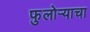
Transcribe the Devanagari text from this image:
फुलोऱ्याचा